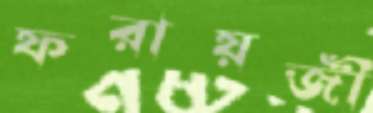
ফরায়জী